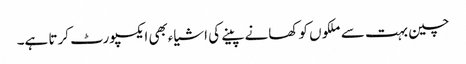
چین بہت سے ملکوں کو کھانے پینے کی اشیاءبھی ایکسپورٹ کرتا ہے۔